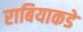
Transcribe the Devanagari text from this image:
राबियाकडे